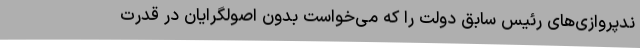
ندپروازی‌های رئیس سابق دولت را که می‌خواست بدون اصولگرایان در قدرت